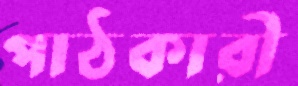
পাঠকারী